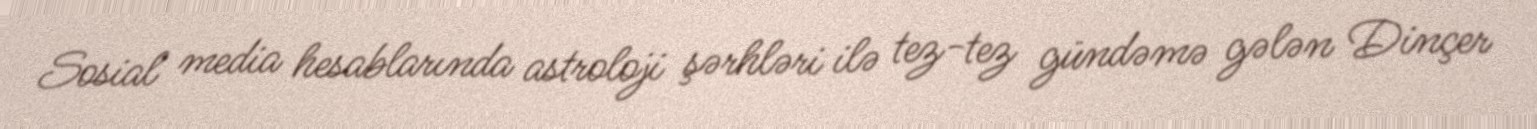
Sosial media hesablarında astroloji şərhləri ilə tez-tez gündəmə gələn Dinçer